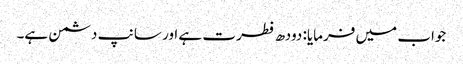
جواب میں فرمایا: دودھ فطرت ہے اور سانپ دشمن ہے۔